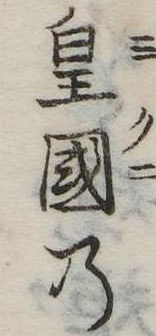
皇国の